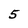
Character: 5